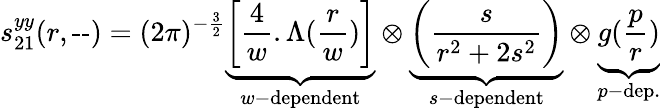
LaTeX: s_{21}^{yy}(r,\textrm{--})=(2\pi)^{-\frac 32}\underbrace{\left[\frac{4}{w}.\Lambda(\frac{r}{w})\right]}_{w-\textrm{dependent}}\otimes\underbrace{\left(\frac{s}{r^{2}+2s^{2}}\right)}_{s-\textrm{dependent}}\otimes\underbrace{g(\frac pr)}_{p-\textrm{dep.}}